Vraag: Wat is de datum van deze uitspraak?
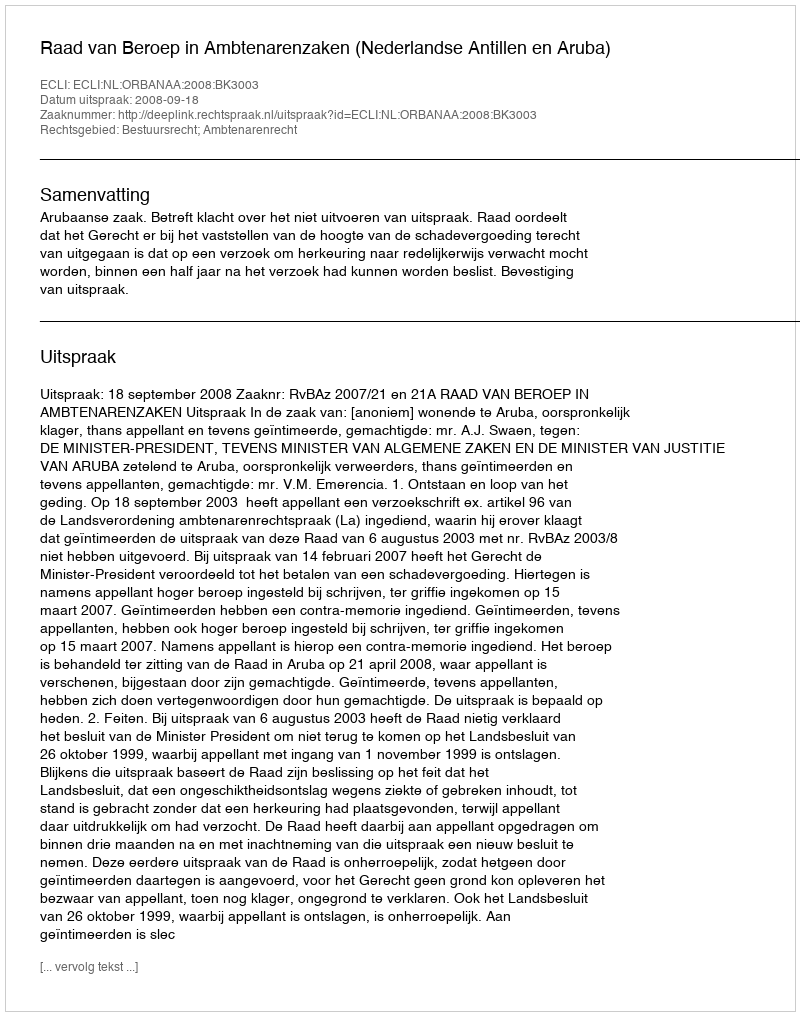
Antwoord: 2008-09-18